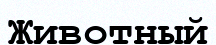
Животный